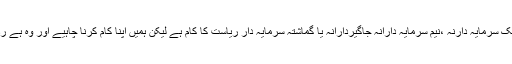
یہ سب تو ایک سرمایہ دارنہ ،نیم سرمایہ دارانہ جاگیردارانہ یا گماشتہ سرمایہ دار ریاست کا کام ہے لیکن ہمیں اپنا کام کرنا چاہیے اور وہ ہے ردِ پروپیگنڈہ۔